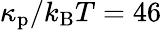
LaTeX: \kappa_{\mathrm{p}}/k_{\mathrm{B}}T=46